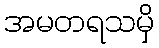
အမတရသမှိ